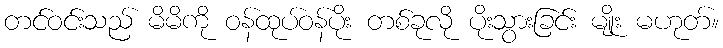
တင်ဝင်းသည် မိမိကို ဝန်ထုပ်ဝန်ပိုး တစ်ခုလို ပိုးသွားခြင်း မျိုး မဟုတ်။